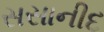
સસાનીદ